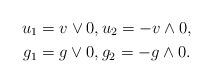
LaTeX: \begin{align*}u_{1} &=v\vee 0, u_{2}=-v\wedge 0, \\g_{1} &=g\vee 0, g_{2}=-g\wedge 0.\end{align*}